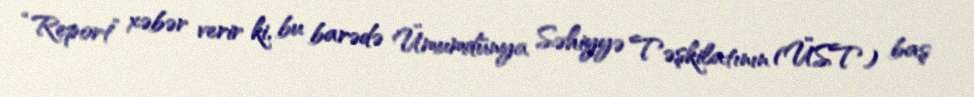
“Report” xəbər verir ki, bu barədə Ümumdünya Səhiyyə Təşkilatının (ÜST) baş